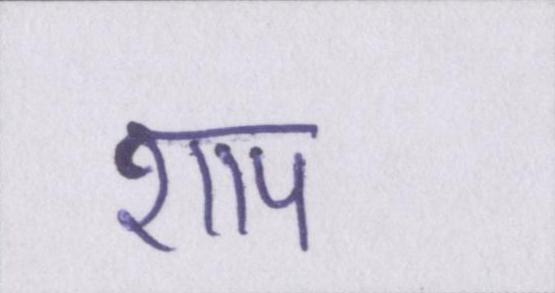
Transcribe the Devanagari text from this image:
शाप